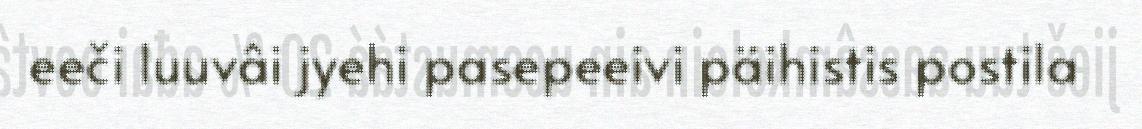
eeči luuvâi jyehi pasepeeivi päihistis postila